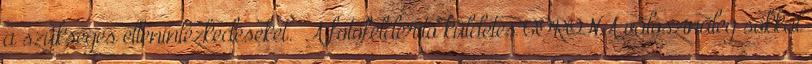
a szükséges ellenintézkedéseket. „A fotófelderítő küldetés CORONA valószínűleg sokkal